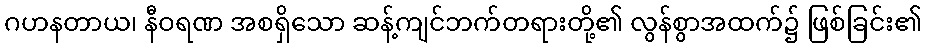
ဂဟနတာယ၊ နီဝရဏ အစရှိသော ဆန့်ကျင်ဘက်တရားတို့၏ လွန်စွာအထက်၌ ဖြစ်ခြင်း၏